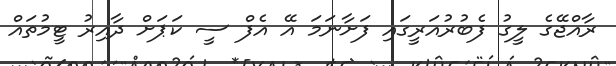
ރާއްޖޭގެ ލީގު ފެބުރުއަރީގައި ފަށާނަމަ އޭ އެފް ސީ ކަޕަށް ދާއިރު ޓީމުތައް